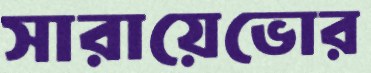
সারায়েভোর